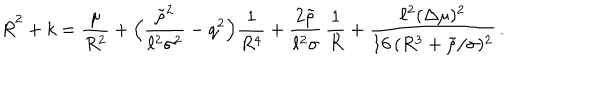
LaTeX: \dot { R } ^ { 2 } + k = \frac { \mu } { R ^ { 2 } } + \Bigl ( \frac { \tilde { \rho } ^ { 2 } } { \ell ^ { 2 } \sigma ^ { 2 } } - q ^ { 2 } \Bigr ) \frac { 1 } { R ^ { 4 } } + \frac { 2 \tilde { \rho } } { \ell ^ { 2 } \sigma } \, \frac { 1 } { R } + \frac { \ell ^ { 2 } ( \Delta \mu ) ^ { 2 } } { 1 6 \, ( R ^ { 3 } + \tilde { \rho } / \sigma ) ^ { 2 } } \, .